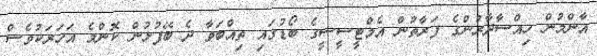
އާންމުން ހިއްސާދާރުންގެ ފަރާތުން އެމްޓީސީސީގެ ބޯޑުގައި ތިއްބަވާ ދެ ބޭފުޅުން ކޮންމެ އަހަރަކުވެސް